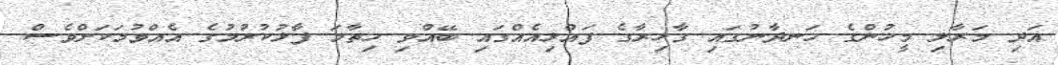
އަދި މަރާލި މީހުންގެ ހަނދާނުގައި ގާހިރާގެ ފައްޅިއެއްގައި ބޭއްވި ހިތާމަ ފާޅުކުރުމުގެ އެއްވުމަކަށްވެސް